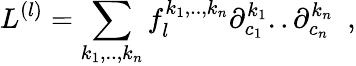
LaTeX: L^{(l)}=\sum_{k_{1},..,k_{n}}f_{l}^{k_{1},..,k_{n}}\partial_{c_{1}}^{k_{1}}..\partial_{c_{n}}^{k_{n}}~~,